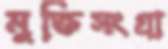
মুক্তিসংগ্রা